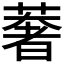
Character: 𮑂